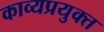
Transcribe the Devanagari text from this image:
काव्यप्रयुक्त